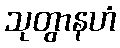
သုတွာနဟံ